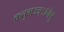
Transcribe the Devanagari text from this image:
क्रतुमज्ज्ानेषु